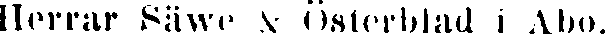
Herrar Säwe & Österblad I Åbo.